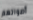
أصواتهم